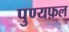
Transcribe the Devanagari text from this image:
पुण्यफ़ल